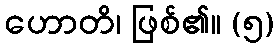
ဟောတိ၊ ဖြစ်၏။ (၅)